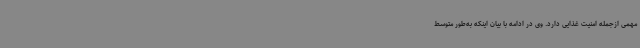
مهمی ازجمله امنیت غذایی دارد. وی در ادامه با بیان اینکه به‌طور متوسط